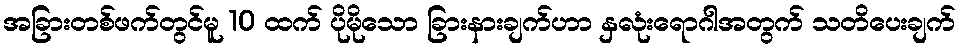
အခြားတစ်ဖက်တွင်မူ 10 ထက် ပိုမိုသော ခြားနားချက်ဟာ နှလုံးရောဂါအတွက် သတိပေးချက်